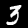
Digit: 3